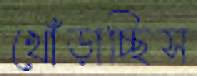
খোঁড়াচ্ছিস